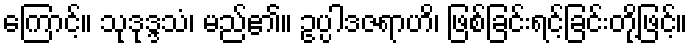
ကြောင့်။ သုဒုဒ္ဒသံ၊ မည်၏။ ဥပ္ပါဒဇရာဟိ၊ ဖြစ်ခြင်းရင့်ခြင်းတို့ဖြင့်။